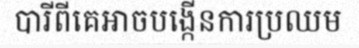
បារីពីគេអាចបង្កើនការប្រឈម